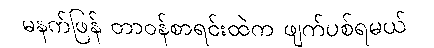
မနက်ဖြန် တာဝန်စာရင်းထဲက ဖျက်ပစ်ရမယ်